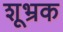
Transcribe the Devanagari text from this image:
शूभ्रक